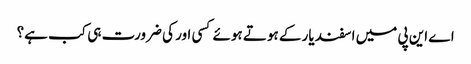
اے این پی میں اسفند یار کے ہوتے ہوئے کسی اور کی ضرورت ہی کب ہے؟